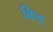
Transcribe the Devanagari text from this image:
किड्